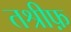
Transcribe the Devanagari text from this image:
तश्रीफ़